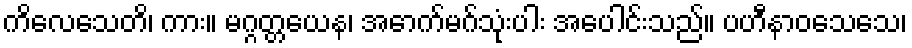
ကိလေသေတိ၊ ကား။ မဂ္ဂတ္တယေန၊ အောက်မဂ်သုံးပါး အပေါင်းသည်။ ပဟီနာဝသေသေ၊